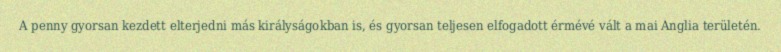
A penny gyorsan kezdett elterjedni más királyságokban is, és gyorsan teljesen elfogadott érmévé vált a mai Anglia területén.